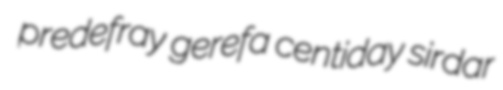
predefray gerefa centiday sirdar